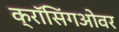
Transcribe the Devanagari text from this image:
क्रॉसिंगओवर